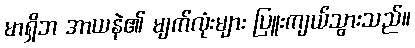
မာရှိဘ အာယနဲ၏ မျက်လုံးများ ပြူးကျယ်သွားသည်။